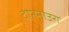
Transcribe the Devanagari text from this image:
दाननोउरा